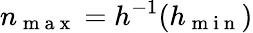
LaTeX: n_{\mathrm{~m~a~x~}}=h^{-1}(h_{\mathrm{~m~i~n~}})